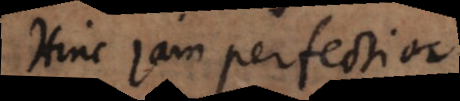
Hinc jam perfectior